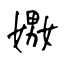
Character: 嫐